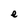
Character: e